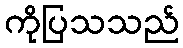
ကိုပြသသည်